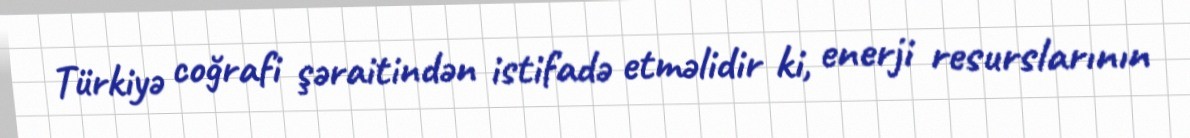
Türkiyə coğrafi şəraitindən istifadə etməlidir ki, enerji resurslarının